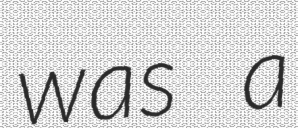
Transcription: was a